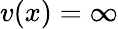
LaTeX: v(x)=\infty